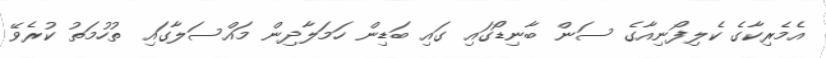
އެމެރިކާގެ ކެލިފޯނިއާގެ ސަން ބާނިޑޯގައި ގައި ބަޑިން ހަމަލާދިން މައްސަލާގައި ތުހުމަތު ކުރެވޭ